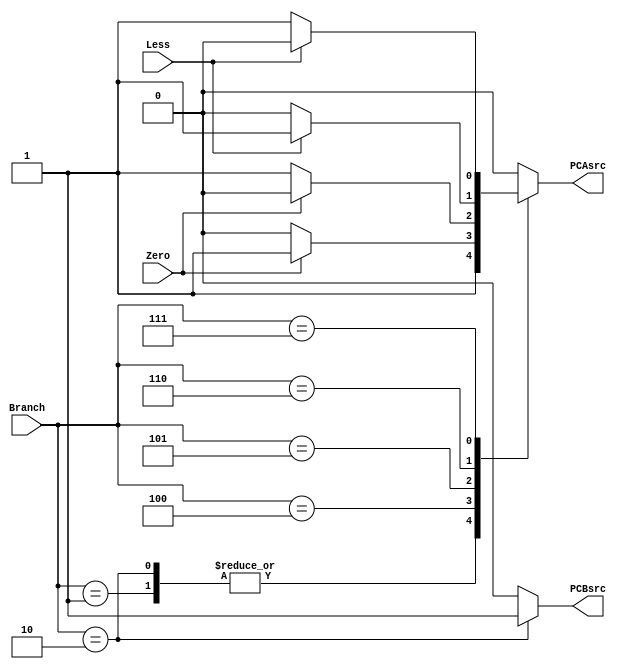
`timescale 1ns / 1ps
//////////////////////////////////////////////////////////////////////////////////
// Company: 
// Engineer: 
// 
// Design Name: 
// Module Name: Branch_Cond
// Project Name: 
// Target Devices: 
// Tool Versions: 
// Description: 
// 
// Dependencies: 
// 
// Revision:
// Revision 0.01 - File Created
// Additional Comments:
// 
//////////////////////////////////////////////////////////////////////////////////


module Branch_Cond(
    input [2: 0] Branch,
    input Zero,
    input Less,
    output reg PCAsrc,
    output reg PCBsrc
    );
    always @(*) begin
        PCAsrc = 0;
        PCBsrc = 0;
        case(Branch)
        3'b000:begin
            //npc = pc + 4
        end
        3'b001:begin
            PCAsrc = 1;
            //npc = pc + imm
        end
        3'b010:begin
            PCAsrc = 1;
            PCBsrc = 1;
            //npc = rs1 + imm
        end
        3'b100:begin
            if(Zero) PCAsrc = 1;
            //npc = pc + imm
        end
        3'b101:begin
            if(!Zero) PCAsrc = 1;
            //npc = pc + imm
        end
        3'b110:begin
            if(Less) PCAsrc = 1;
            //npc = pc + imm
        end
        3'b111:begin
            if(!Less) PCAsrc = 1;
            //npc = pc + imm
        end
        endcase
    end
endmodule